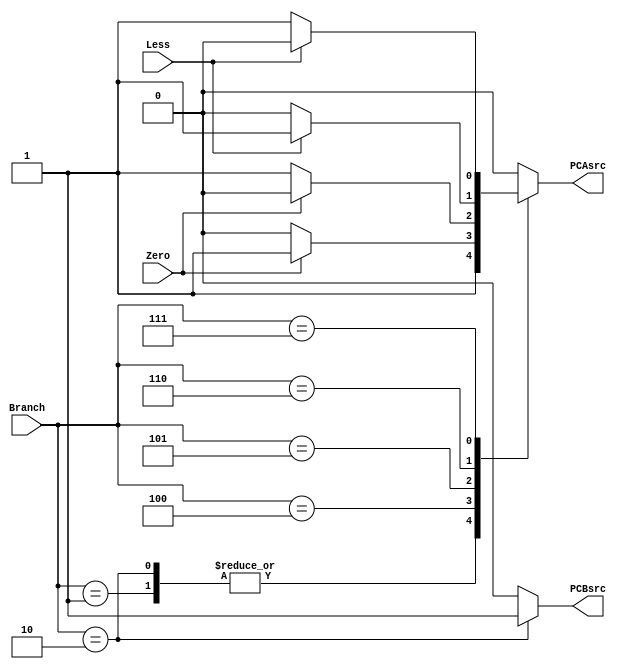
`timescale 1ns / 1ps
//////////////////////////////////////////////////////////////////////////////////
// Company: 
// Engineer: 
// 
// Design Name: 
// Module Name: Branch_Cond
// Project Name: 
// Target Devices: 
// Tool Versions: 
// Description: 
// 
// Dependencies: 
// 
// Revision:
// Revision 0.01 - File Created
// Additional Comments:
// 
//////////////////////////////////////////////////////////////////////////////////


module Branch_Cond(
    input [2: 0] Branch,
    input Zero,
    input Less,
    output reg PCAsrc,
    output reg PCBsrc
    );
    always @(*) begin
        PCAsrc = 0;
        PCBsrc = 0;
        case(Branch)
        3'b000:begin
            //npc = pc + 4
        end
        3'b001:begin
            PCAsrc = 1;
            //npc = pc + imm
        end
        3'b010:begin
            PCAsrc = 1;
            PCBsrc = 1;
            //npc = rs1 + imm
        end
        3'b100:begin
            if(Zero) PCAsrc = 1;
            //npc = pc + imm
        end
        3'b101:begin
            if(!Zero) PCAsrc = 1;
            //npc = pc + imm
        end
        3'b110:begin
            if(Less) PCAsrc = 1;
            //npc = pc + imm
        end
        3'b111:begin
            if(!Less) PCAsrc = 1;
            //npc = pc + imm
        end
        endcase
    end
endmodule